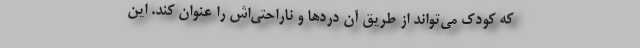
که کودک می‌‌تواند از طریق آن دردها و ناراحتی‌اش را عنوان کند. این